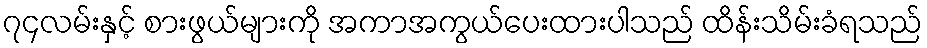
၇၄လမ်းနှင့် စားဖွယ်များကို အကာအကွယ်ပေးထားပါသည် ထိန်းသိမ်းခံရသည်